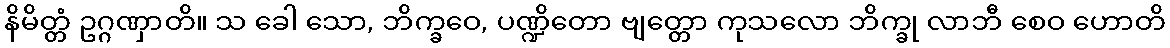
နိမိတ္တံ ဥဂ္ဂဏှာတိ။ သ ခေါ သော, ဘိက္ခဝေ, ပဏ္ဍိတော ဗျတ္တော ကုသလော ဘိက္ခု လာဘီ စေဝ ဟောတိ